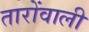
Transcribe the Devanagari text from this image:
तारोंवाली